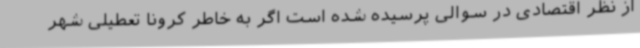
از نظر اقتصادی در سوالی پرسیده شده است اگر به خاطر کرونا تعطیلی شهر